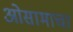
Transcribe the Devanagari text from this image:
ओसामाचा